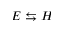
E \leftrightarrows H